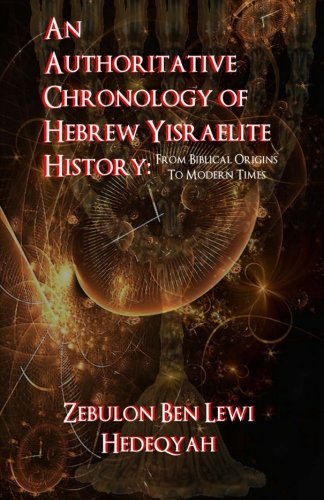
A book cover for An Authoritative Chronology Of Hebrew Yisraelite History:: From Biblical Origins To Modern Times; Zebulon Ben Lewi Hedeqyah; Christian Books & Bibles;